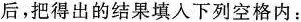
后，把得出的结果填入下列空格内：